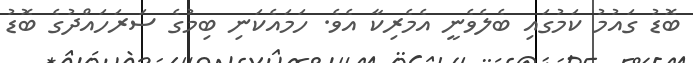
ބޮޑު ގައުމު ކަމުގައި ބެލެވެނީ އެމެރިކާ އެވެ. ހަމައެކަނި ބިމުގެ ސަރަހައްދުގެ ބޮޑު